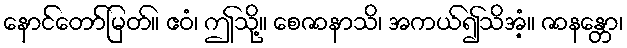
နောင်တော်မြတ်။ ဧဝံ၊ ဤသို့။ စေဇာနာသိ၊ အကယ်၍သိအံ့။ ဇာနန္တော၊